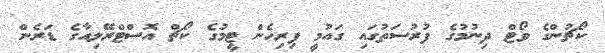
ކޯޗުންގެ ވޯޓް ދިނުމުގެ ފުރުސަތުގައި ގައުމީ ފިރިހެން ޓީމުގެ ކޯޗް އޮސްޓްރޭލިއާގެ ޑަރެން